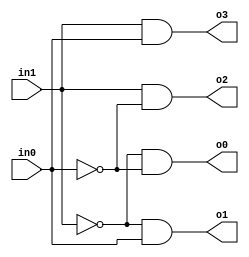
`timescale 1ns / 1ps
//////////////////////////////////////////////////////////////////////////////////
// Company: 
// Engineer: 
// 
// Design Name: 
// Module Name:    Decoder__binToDec 
// Project Name: 
// Target Devices: 
// Tool versions: 
// Description: 
//
// Dependencies: 
//
// Revision: 
// Revision 0.01 - File Created
// Additional Comments: 
//
//////////////////////////////////////////////////////////////////////////////////
module Decoder__binToDec(in1,in0,o0,o1,o2,o3
    );
input in1,in0;
output o0,o1,o2,o3;

assign o0=!in1 & !in0;
assign o1=!in1 & in0;
assign o2=in1 & !in0;
assign o3=in1 & in0;

endmodule